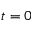
t = 0